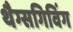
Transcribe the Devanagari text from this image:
थैग्सगिविंग